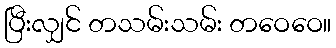
ပြီးလျှင် တသမ်းသမ်း တဝေဝေ။